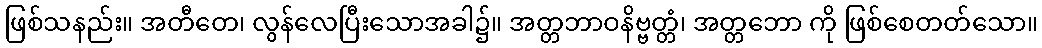
ဖြစ်သနည်း။ အတီတေ၊ လွန်လေပြီးသောအခါ၌။ အတ္တဘာဝနိဗ္ဗတ္တံ၊ အတ္တဘော ကို ဖြစ်စေတတ်သော။